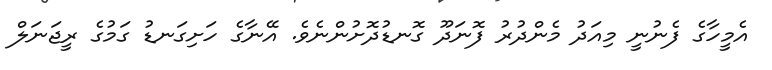
އެމީހާގެ ފެނުނީ މިއަދު މެންދުރު ފޮނަދޫ ގޮނޑުދޮށުންނެވެ. އޭނާގެ ހަށިގަނޑު ގަމުގެ ރީޖަނަލް